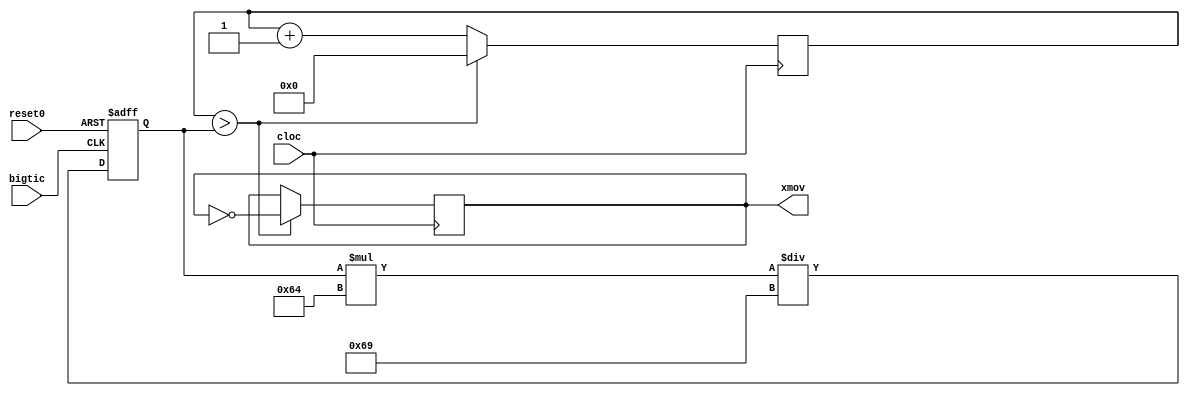
module qeeq (cloc,bigtic,reset0,xmov);
input cloc, bigtic,reset0;
output reg xmov;
reg [31:0] lol;
reg [31:0] tic;
always@(posedge reset0 or posedge bigtic)begin if (reset0) tic<=12500000;
else tic<=tic*100/105;end
always@(posedge cloc)begin
lol <= lol + 1;
if (lol>tic) begin xmov<=~xmov; lol<=0; end
end

endmodule